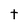
Character: t